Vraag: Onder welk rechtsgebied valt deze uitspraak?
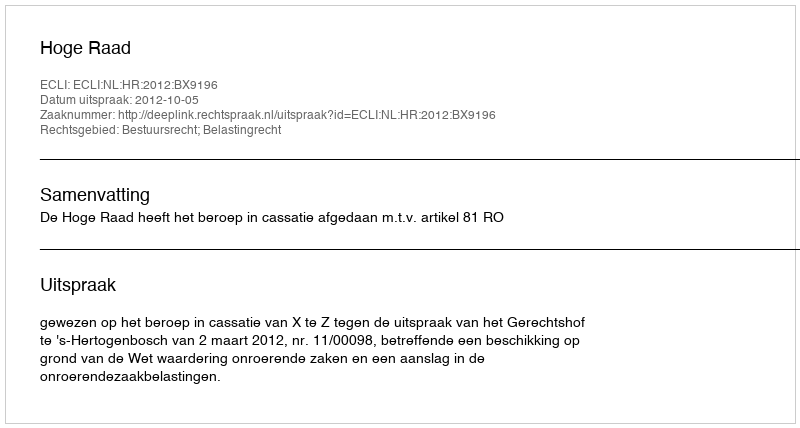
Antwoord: Bestuursrecht; Belastingrecht